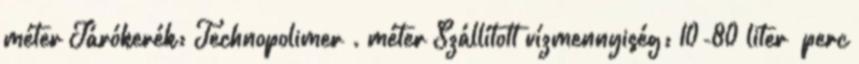
méter Járókerék: Technopolimer . méter Szállított vízmennyiség: 10-80 liter perc